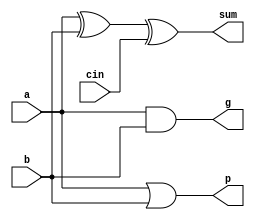
`timescale 1ns / 1ps

module ablock(
    input a, b, cin,
    output sum, p, g
    );
    
    assign sum = a ^ b ^ cin;
    assign p = a | b;
    assign g = a & b;
    
endmodule